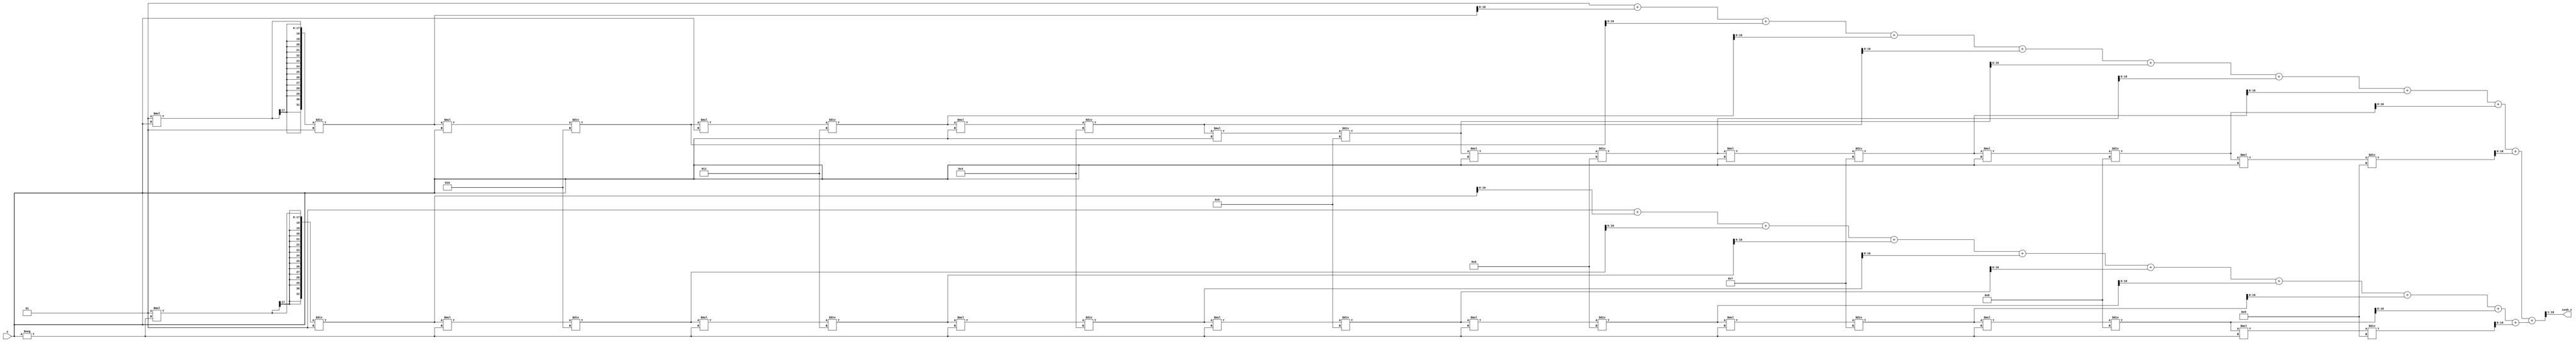
module hyperbolic_cosh (
    input signed [15:0] x,        // Input value (fixed-point representation)
    output reg signed [15:0] cosh_x // Output value (fixed-point representation)
);

    // Internal signals
    wire signed [31:0] exp_x;     // e^x
    wire signed [31:0] exp_neg_x; // e^-x
    wire signed [31:0] sum;        // e^x + e^-x
    wire signed [31:0] half_sum;   // (e^x + e^-x) / 2

    // Exponentiation using Taylor series approximation
    function signed [31:0] exp_taylor;
        input signed [15:0] x;
        reg signed [31:0] result;
        reg signed [31:0] term;
        integer i;
        begin
            result = 32'h00000001; // e^0 = 1
            term = 32'h00000001;   // First term (x^0 / 0!)
            for (i = 1; i < 10; i = i + 1) begin // 10 terms for approximation
                term = (term * x) / i; // Calculate x^i / i!
                result = result + term; // Add to result
            end
            exp_taylor = result;
        end
    endfunction

    // Calculate e^x and e^-x
    assign exp_x = exp_taylor(x);
    assign exp_neg_x = exp_taylor(-x);

    // Calculate sum of e^x and e^-x
    assign sum = exp_x + exp_neg_x;

    // Divide by 2 (right shift by 1)
    assign half_sum = sum >> 1;

    // Output the result
    always @(*) begin
        cosh_x = half_sum[15:0]; // Assign the lower 16 bits to the output
    end

endmodule